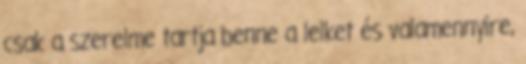
csak a szerelme tartja benne a lelket és valamennyire,